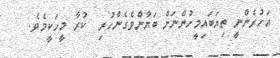
އަހުރެންނީ ތިޔަބައިމީހުންނަށް ބަޔާންވެގެންހުރި  ކުރާ މީހަކީމެވެ.